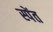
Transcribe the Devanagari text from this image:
स्पेंत